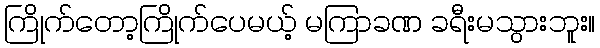
ကြိုက်တော့ကြိုက်ပေမယ့် မကြာခဏ ခရီးမသွားဘူး။